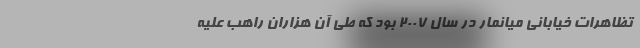
تظاهرات خیابانی میانمار در سال 2007 بود که طی آن هزاران راهب علیه